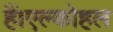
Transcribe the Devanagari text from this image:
हैं।एल्कोहल